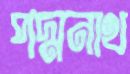
পদ্মনাথ